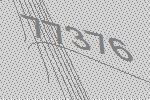
77376